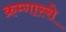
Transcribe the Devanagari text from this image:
क्रम्गास्से